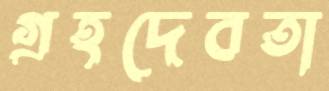
গ্রহদেবতা